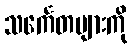
သင်္ကေတများကို